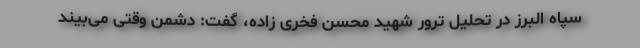
سپاه البرز در تحلیل ترور شهید محسن فخری زاده، گفت: دشمن وقتی می‌بیند